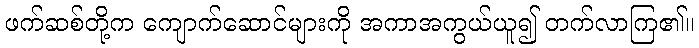
ဖက်ဆစ်တို့က ကျောက်ဆောင်များကို အကာအကွယ်ယူ၍ တက်လာကြ၏။